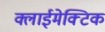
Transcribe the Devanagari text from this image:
क्लाईमेक्टिक